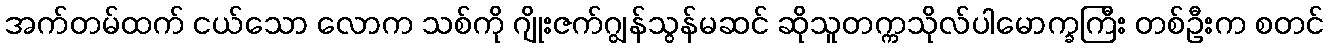
အက်တမ်ထက် ငယ်သော လောက သစ်ကို ဂျိုးဇက်ဂျွန်သွန်မဆင် ဆိုသူတက္ကသိုလ်ပါမောက္ခကြီး တစ်ဦးက စတင်